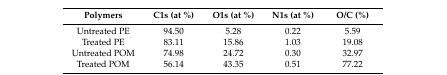
<table><thead><tr><td><b>Polymers</b></td><td><b>C1s (at %)</b></td><td><b>O1s (at %)</b></td><td><b>N1s (at %)</b></td><td><b>O/C (%)</b></td></tr></thead><tbody><tr><td>Untreated PE</td><td>94.50</td><td>5.28</td><td>0.22</td><td>5.59</td></tr><tr><td>Treated PE</td><td>83.11</td><td>15.86</td><td>1.03</td><td>19.08</td></tr><tr><td>Untreated POM</td><td>74.98</td><td>24.72</td><td>0.30</td><td>32.97</td></tr><tr><td>Treated POM</td><td>56.14</td><td>43.35</td><td>0.51</td><td>77.22</td></tr></tbody></table>